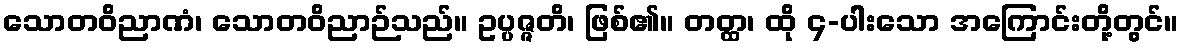
သောတဝိညာဏံ၊ သောတဝိညာဉ်သည်။ ဥပ္ပဇ္ဇတိ၊ ဖြစ်၏။ တတ္ထ၊ ထို ၄-ပါးသော အကြောင်းတို့တွင်။